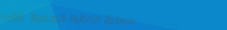
صيدلية العناية الصحية تقد